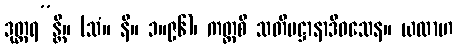
ဒုတ္တရ”န္တိ။ (သံ။ နိ။ ၁။၉၆)၊ ကတ္ထစိ သတိပဋ္ဌာနာဒိဝသေန။ ယထာဟ